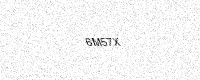
Text: 6M57X